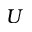
U